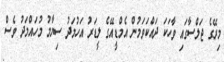
މިރޭގެ ޖަލްސާގައި ވާހަކަ ދައްކަވަމުން އެމްޑީއޭގެ ލީޑަރު އަހުމަދު ސިޔާމު މުހައްމަދު ވެސް